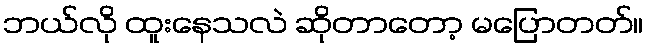
ဘယ်လို ထူးနေသလဲ ဆိုတာတော့ မပြောတတ်။